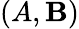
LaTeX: (A,\mathbf{B})